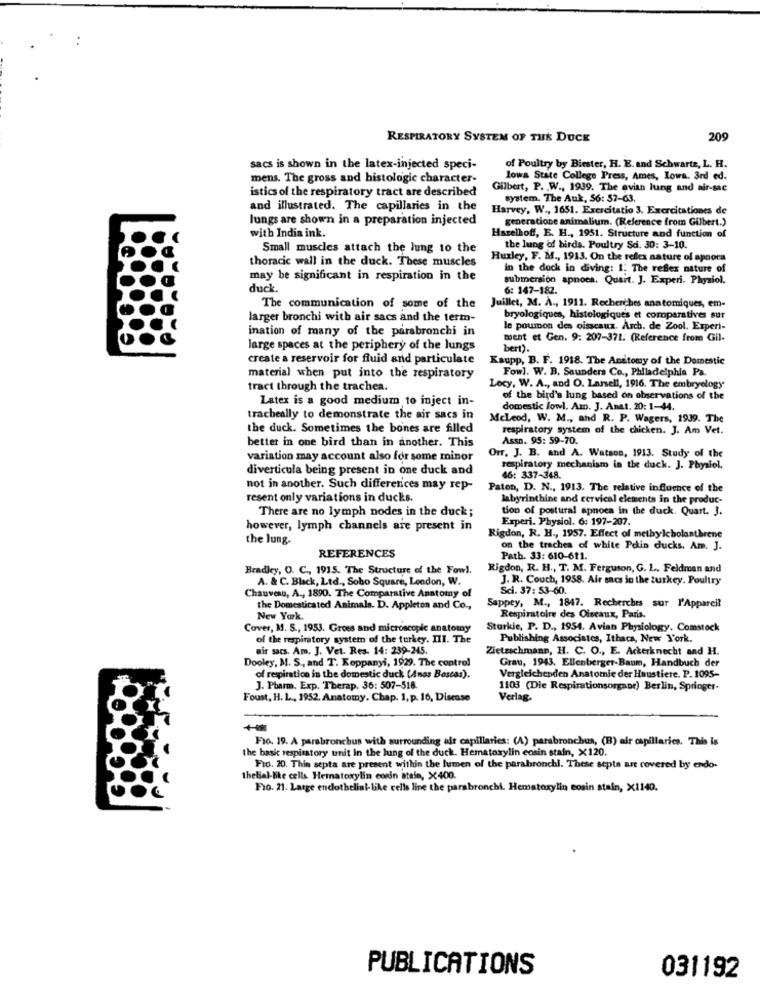
RESPIRATORY SYSTEM OF THE DUCK
209
sacs is shown in the latex-injected speci-
of Poultry by Biester, H. E. and Schwartz, L. H.
mens. The gross and histologic character-
lowa State College Press, Ames, Iowa. 3rd ed.
istics of the respiratory tract are described
Gilbert, P. W ., 1939. The avian lung and air-sac
system. The Auk, 56: 57-63.
and illustrated. The capillaries in the
Harvey, W ., 1651. Exercitatio 3. Exercitationes de
lungs are shown in a preparation injected
generatione animalium. (Reference from Gilbert.)
with India ink.
Hazelhoff, E. H ., 1951. Structure and function of
Small muscles attach the lung to the
the lung of birds. Poultry Sci. 30: 3-10.
thoracic wall in the duck. These muscles
Huxley, F. M ., 1913. On the reflex nature of apoora
in the dock in diving: I. The reflex nature of
may be significant in respiration in the
submersion apnoen. Quart. J. Experi. Physiol.
duck.
6: 147-182.
The communication of some of the
Juillet, M. A ., 1911. Recherches anatomiques, em-
larger bronchi with air sacs and the term-
bryologiques, histologiques et comoparatives sur
ination of many of the parabronchi in
le poumon des oisseaux. Arch. de Zool. Experi-
ment et Gen. 9: 207-371. (Reference from Gil-
large spaces at the periphery of the lungs
bert).
create a reservoir for fluid and particulate
Kaupp, B. F. 1918. The Anatomy of the Domestic
Fowl. W. B. Saunders Co ., Philadelphia Pa.
material when put into the respiratory
tract through the trachea.
Locy, W. A ., and O. Larsell, 1916. The embryology
Latex is a good medium to inject in-
of the bird's lung based on observations of the
domestic lowl. Am. J. Anat. 20: 1-44.
tracheally to demonstrate the air sacs in
McLeod, W. M ., and R. P. Wagers, 1939. The
the duck. Sometimes the bones are filled
respiratory system of the chicken. J. Am Vet.
Assn. 95: 59-70.
better in one bird than in another. This
variation may account also for some minor
Orr, J. B. and A. Watson, 1913. Study of the
diverticula being present in one duck and
respiratory mechanism in the duck. J. Physiol.
16: 337-348.
not in another. Such differences may rep-
Paten, D. N ., 1913. The relative influence of the
resent only variations in ducks.
labyrinthine and cervical elements in the produc-
tion of postural apnoea in the duck. Quart. J.
There are no lymph nodes in the duck;
Experi. Physiol. 6: 197-207.
however, lymph channels are present in
the lung.
Rigdon, R. H ., 1957. Effect of methylcbolanthrene
on the trachea of white Pekin ducks. Am. J.
REFERENCES
Path. 33: 610-611.
Bradley, O. C ., 1915. The Structure of the Fowl.
Rigdon, R. H ., T. M. Ferguson, G. L. Feldman and
A. & C. Black, Ltd ., Sobo Square, London, W.
J. R. Couch, 1958. Air ses in the turkey. Poultry
Chauveau, A ., 1890. The Comparative Anatomy of
Sci. 37: 53-60.
the Domesticated Animals. D. Appleton and Co .,
Sappey, M ., 1847. Recherches sur l'Appareil
New York.
Respiratoire des Oiseaux, Paris.
Cover, M. S ., 1953. Groes and microscopic anatomy
Starkie, P. D ., 1954. Avian Physiology. Comstock
of the respiratory system of the turkey. III. The
Publishing Associates, Ithaca, New York.
wir sacs. Am. J. Vet. Res. 14: 239-245.
Zietzschmann, H. C. O ., E. Ackerknecht and H.
Dooley, M. S ., and T. Koppanyi, 1929. The control
Grau, 1943. Ellenberger-Baum, Handbuch der
of respiratice in the domestic duch (Anos Boscas).
Vergleichenden Anatomie der Haustiere. P. 1095-
J. Pharm. Exp. Therap. 36: 507-518.
1103 (Die Respirationsorgane) Berlin, Springtt.
Foust, H.L ., 1952. Anatomy. Chap. 1, p. 16, Disease
Verlag.
Fio. 19. A parabronchus with surrounding afr capillaries: (A) parabronchus, (B) air capillaries. This is
the basic respiratory unit in the lung of the duck. Hematorylin eosin stain, X120.
Fio. 20. Thin septa are present within the lumen of the parabronchi. These septa ant covered by endo-
thebal-like cells Hematoxylin conin stein, X400.
Fio. 21. Large endothelial-like cells line the parabronchi. Hematoxylin eosin stain, X1140.
PUBLICATIONS
031192